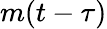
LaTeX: m(t-\tau)